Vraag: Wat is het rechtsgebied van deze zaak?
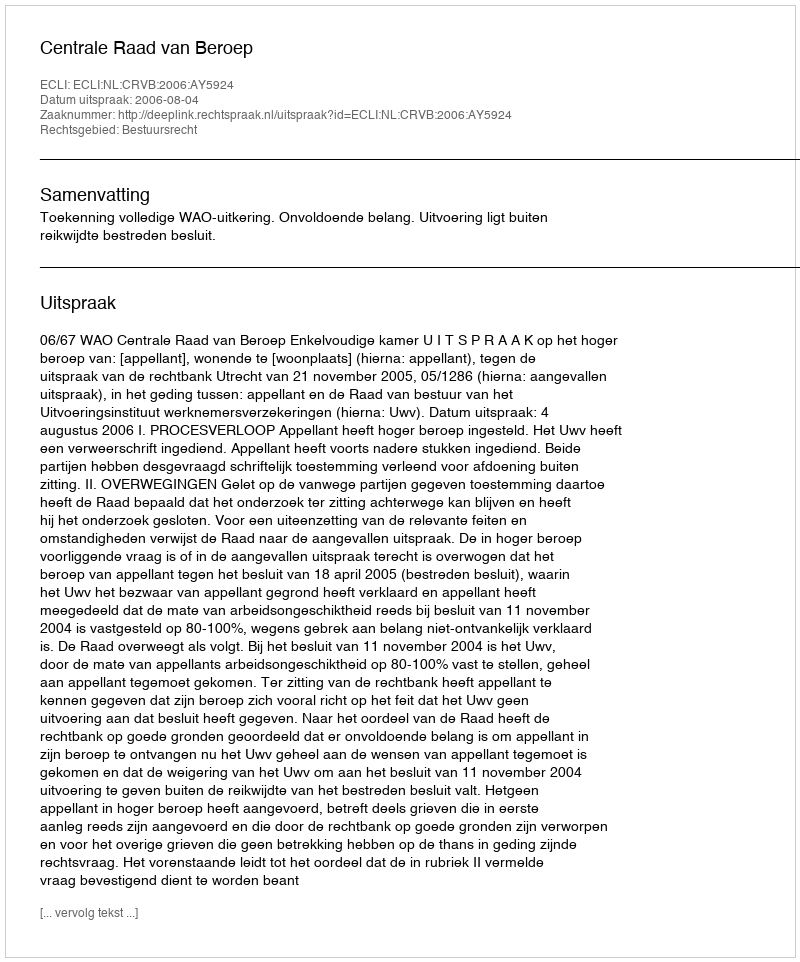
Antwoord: Bestuursrecht